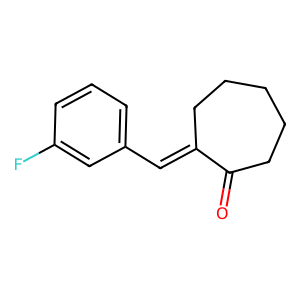
SMILES: O=C1CCCCCC1=Cc1cccc(F)c1
Inhibits HIV replication: No